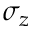
\sigma _ { z }